Statistical return of the lunatic asylum in Assam - 1912-1932
Year: 1912
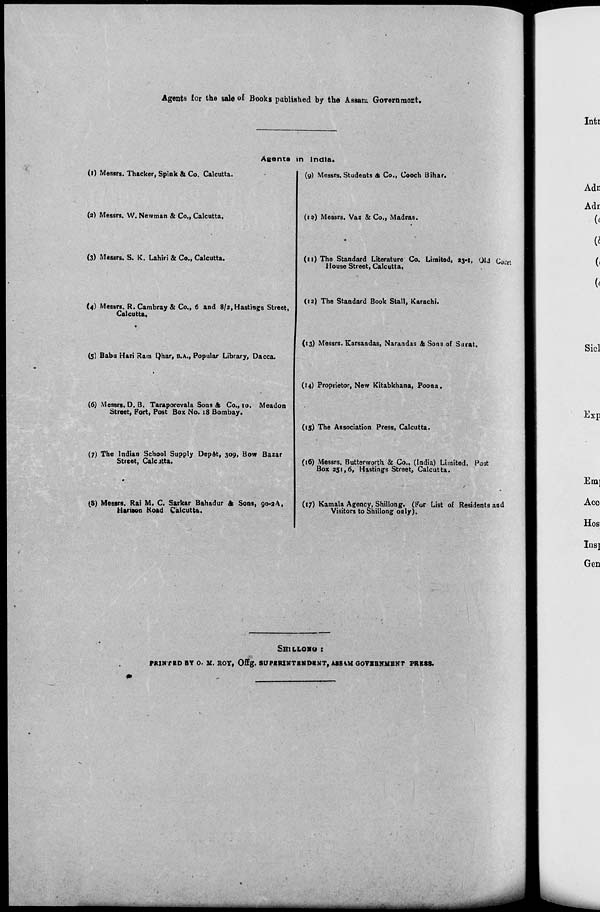
Agents for the sale of Books pablished by the Assam Governmoat.
Aaents in India.
(l) Messrs. Thacker, Spink & Co. Calcutta.
(a) Messrs. W. Newman & Co., Calcutta.
(3) Messrs. S. K. Lahiri & Co., Calcutta.
(4) Messrs. R. Cambray & Co., 6 and 8/2, Hastings Street,
Calcutta,
(5) Babu Hari Ram E)har, B.A., Popular Library, Dacca.
(6) Messrs. D. B. Taraporevala Sons & Co., %o, Meadon
Street, Fort, Post Box No. iS Bombay.
(7) The Indian School Supply DepAt, 309, Bow Bazar
Street, Calcutta.
(8) Messrs. Rai M. C. Sarkar Bahadur A Sons, 90-2A,
Hanson Koad Calcutta.
(9) Messrs. Students ds Co., Cooch Bihar.
(IO) Messrs. Vaz & Co., Madras.
(11) The Standard Literature Co. Limited, 23-1, QU (v, Urt
House Street, Calcutta,
(12) The Standard Book Stall, Karachi.
(13) Messrs. Karsandas, Narandas & Sons of Surat.
(14) Proprietor, New Kitabkhana, Poona.
(15) The Association Press, Calcutta.
(16) Messrs. Butterworth. & Co., (India) Limited. Poat
Box 251,6, Hastings Street, Calcutta.
(17) Kamala Agency, Shillong. (For List of Residents and
Visitors to Shillong only).
SHILLONOt
PRINTED BY 0. M. BOY, Offg. SUPBRXNTBNDRMT, ASStM GOVERNMENT PRESS.